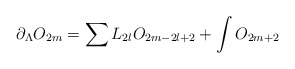
\begin{align*}\partial_{\Lambda}O_{2m}=\sum L_{2l}O_{2m-2l+2} + \int O_{2m+2}\end{align*}